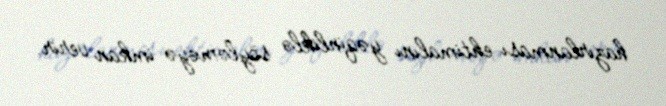
hazırlanması ehtimalını yəqinliklə söyləməyə imkan verir.